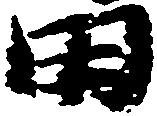
田